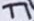
Text: T1